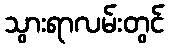
သွားရာလမ်းတွင်